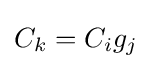
C_{k}=C_{i}g_{j}